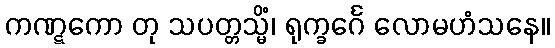
ကဏ္ဋကော တု သပတ္တသ္မိံ၊ ရုက္ခင်္ဂေ လောမဟံသနေ။